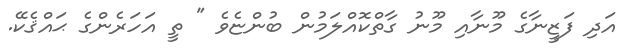
އަދި ފަޒީނާގެ މޫނާއި މޫނު ގާތްކޮއްލަމުން ބުންޏެވެ " ތީ އަހަރެންގެ ޙައްޤެކޭ.